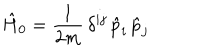
\hat { H } _ { 0 } = \frac { 1 } { 2 m } \, \delta ^ { i j } \, \hat { p } _ { i } \, \hat { p } _ { j }